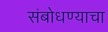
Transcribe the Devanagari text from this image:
संबोधण्याचा